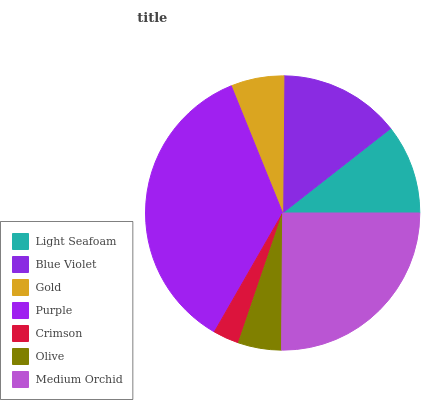
| Light Seafoam | Blue Violet | Gold | Purple | Crimson | Olive | Medium Orchid |
 | --- | --- | --- | --- | --- | --- | --- |
 | 10.6% | 14.3% | 6.25% | 35.6% | 3.07% | 5.09% | 25.1% |